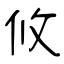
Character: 攸